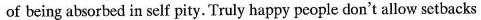
of being absorbed in self pity. Truly happy people don't allow setbacks